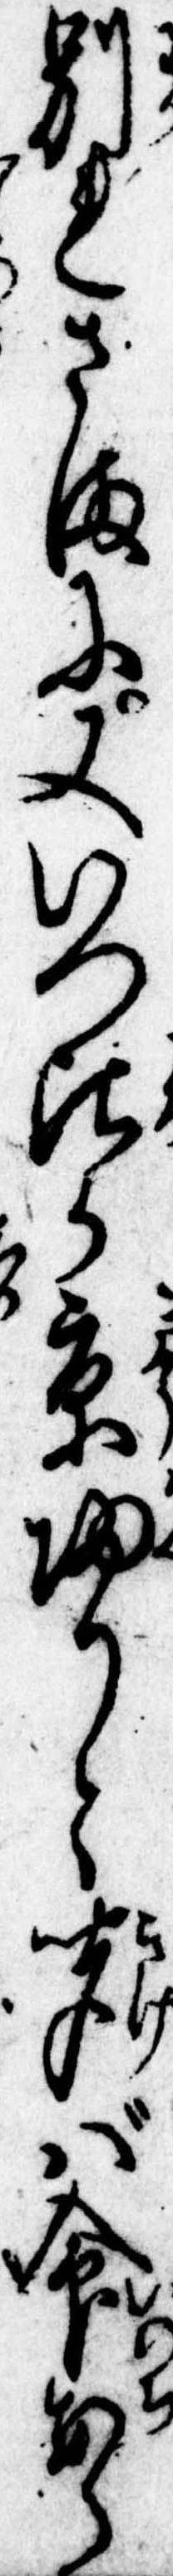
別れさまに又いつ頃か京帰りと聞ば命あら